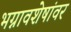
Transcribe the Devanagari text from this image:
भग्नावशेषांवर